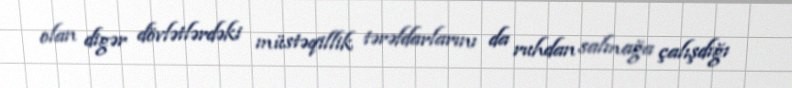
olan digər dövlətlərdəki müstəqillik tərəfdarlarını da ruhdan salmağa çalışdığı